Tezpur Lunatic Asylum reports 1895-1904 - 1895-1904
Year: 1895
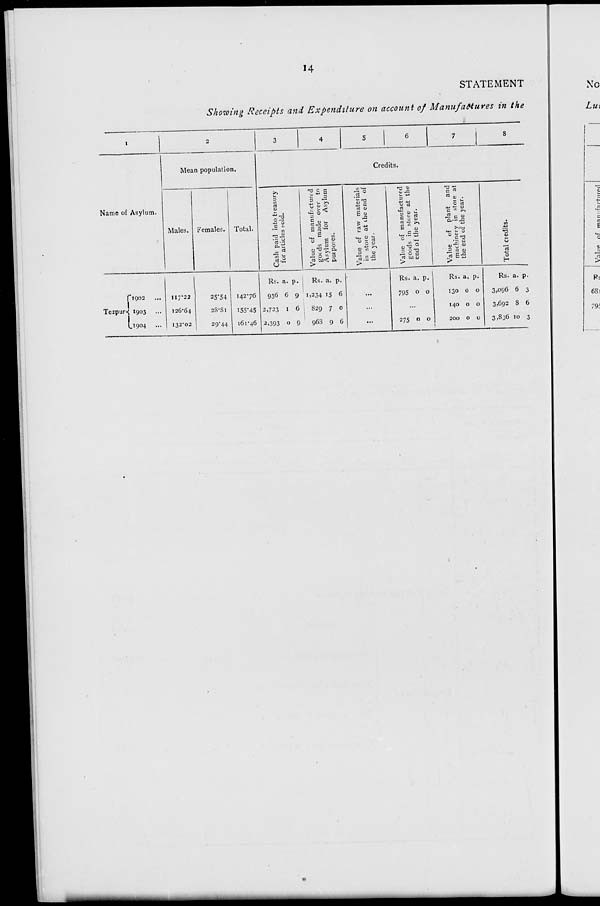
•5]
CJ\
Cn
OJ
«
C\
0\ vo
Jd
VD
OS
00
00
o
to
OJ
73
o ^1 Ol
P
o o
C\
?
Ol
s
o
c
o
0
c
to
CO
Cs
o
On
O
O
pa
►o
Cash paid into treasury
for articles ^old.
Value of manufactured
goids made over to
Asylum for Asylum
put poses.
Value of raw materials
in store at ihe end of
the year.
Value of manufactured
goods in store at the
end of the year.
o
o
o
o
c
o
Value of plant and
machinery in stoie at
the end of the year.
o
VD
OS
X
00
os P
■o
Os
Total credits.
O
ro
a*
Cs
Co
<*5
cs,
St
^
Si
.«
"a- CO
5.
H
8
>
«t
H
to
H
*»
S
a'
cfl
Z
H
Ol
CO
70
Value of man ifnrhupfl
hi
o